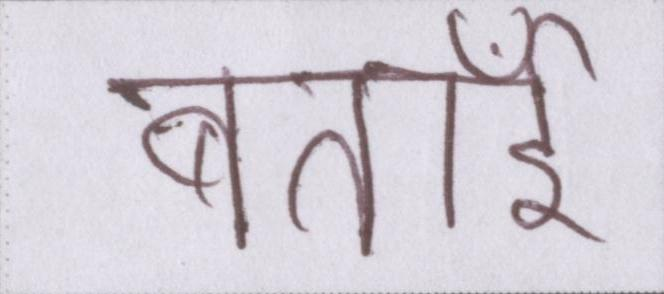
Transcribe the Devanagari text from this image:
बताईँ